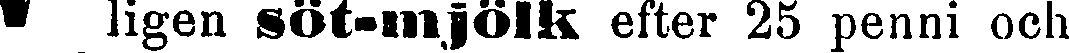
ligen söt-mjölk efter 25 penni och